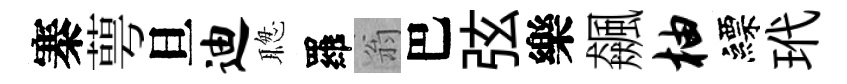
寨萼旦迪聦羅翁巴弦樂飆柚縹玳